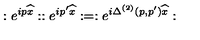
: e ^ { i p \widehat { x } } : : e ^ { i p ^ { \prime } \widehat { x } } : = : e ^ { i \Delta ^ { ( 2 ) } ( p , p ^ { \prime } ) \widehat { x } } :